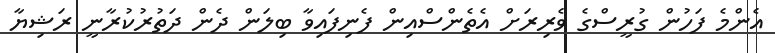
އެންމެ ފަހުން ގުރީސްގެ ވެރިރަށް އެތެންސްއިން ފެނިފައިވާ ބިލަން ދެން ދަތުރުކުރާނީ ރަޝިޔާ